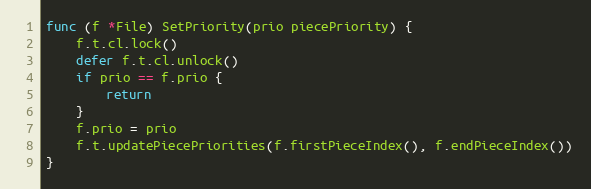
Language: Go
func (f *File) SetPriority(prio piecePriority) {
	f.t.cl.lock()
	defer f.t.cl.unlock()
	if prio == f.prio {
		return
	}
	f.prio = prio
	f.t.updatePiecePriorities(f.firstPieceIndex(), f.endPieceIndex())
}